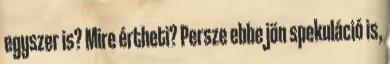
egyszer is? Mire értheti? Persze ebbe jön spekuláció is,